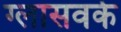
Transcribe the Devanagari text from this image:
ग्लासवर्क